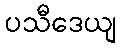
ပသီဒေယျ